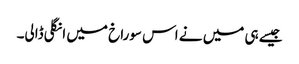
جیسے ہی میں نے اس سوراخ میں انگلی ڈالی۔